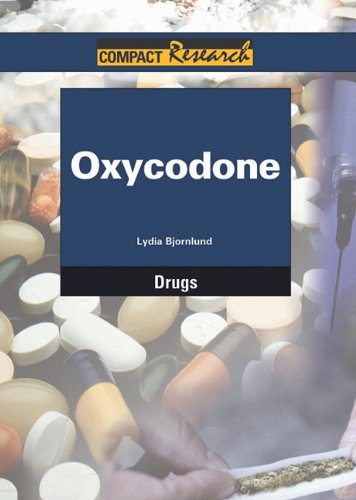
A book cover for Oxycodone (Compact Research Series); Lydia Bjornlund; Teen & Young Adult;